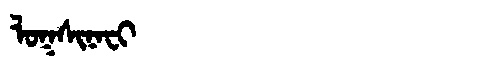
Manchu: ᠯᠣᡴᠰᡳᠨᠠᠸᡳ
Romanization: LOKSINAFI